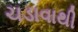
ચડાવાથી